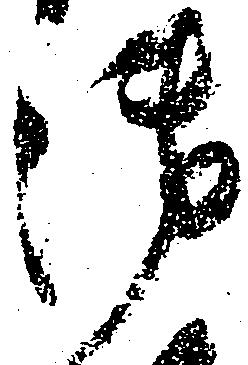
御